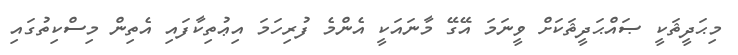
މިޙަދީޘަކީ ޞައްޙަދީޘަކަށް ވީނަމަ އޭގޭ މާނައަކީ އެންމެ ފުރިހަމަ އިޢުތިކާފައި އެތިން މިސްކިތުގައި